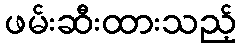
ဖမ်းဆီးထားသည့်